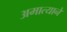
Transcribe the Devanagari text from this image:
अमात्यानें